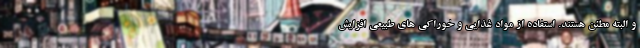
و البته مطئن هستند. استفاده از مواد غذایی و خوراکی های طبیعی افزایش